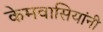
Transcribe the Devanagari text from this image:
केमवासियांनी